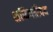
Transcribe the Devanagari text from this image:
शक्तिपरिषद